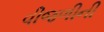
વીજળીની